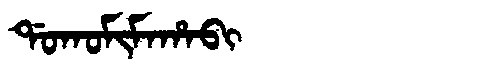
Manchu: ᡩᠣᡴᠣᠮᡳᠮᠠᡥᠠᠪᡳ
Romanization: DOKOMIMAHABI